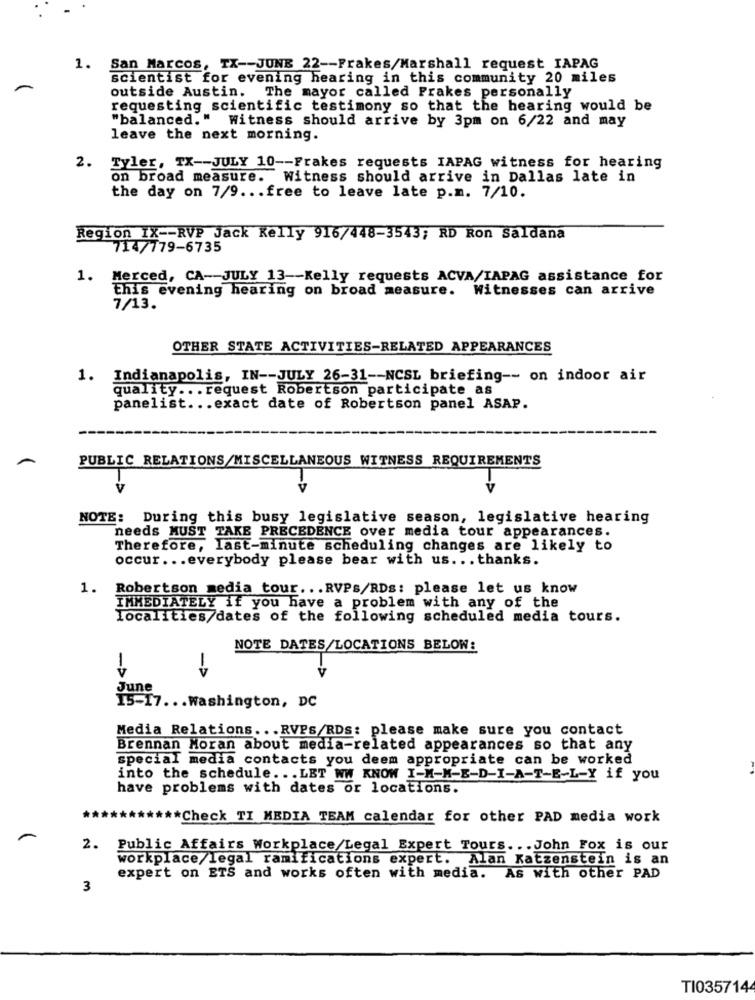
1. San Marcos, TX -- JUNE 22 -- Frakes/Marshall request IAPAG
scientist for evening hearing in this community 20 miles
outside Austin. The mayor called Frakes personally
requesting scientific testimony so that the hearing would be
"balanced." Witness should arrive by 3pm on 6/22 and may
leave the next morning.
2. Tyler, TX -- JULY 10 -- Frakes requests IAPAG witness for hearing
on broad measure. Witness should arrive in Dallas late in
the day on 7/9 ... free to leave late p.m. 7/10.
Region IX -- RVP Jack Kelly 916/448-3543; RD Ron Saldana
714/779-6735
1. Merced, CA-JULY 13 -- Kelly requests ACVA/IAPAG assistance for
this evening hearing on broad measure. Witnesses can arrive
7/13.
OTHER STATE ACTIVITIES-RELATED APPEARANCES
1. Indianapolis, IN -- JULY 26-31 -- NCSL briefing -- on indoor air
quality ... request Robertson participate as
panelist ... exact date of Robertson panel ASAP.
PUBLIC RELATIONS/MISCELLANEOUS WITNESS REQUIREMENTS
NOTE: During this busy legislative season, legislative hearing
needs MUST TAKE PRECEDENCE over media tour appearances.
Therefore, last-minute scheduling changes are likely to
occur ... everybody please bear with us .. . thanks.
1.
Robertson media tour ... RVPS/RDs: please let us know
IMMEDIATELY if you have a problem with any of the
localities/dates of the following scheduled media tours.
NOTE DATES/LOCATIONS BELOW:
1
->
V
June
15-17 ... washington, DC
Media Relations ... RVPs/RDs: please make sure you contact
Brennan Moran about media-related appearances so that any
special media contacts you deem appropriate can be worked
into the schedule ... LET WW KNOW I-M-M-E-D-I-A-T-E-L-Y if you
have problems with dates or locations.
** Check TI MEDIA TEAM calendar for other PAD media work
2.
Public Affairs Workplace/Legal Expert Tours ... John Fox is our
workplace/legal ramifications expert. Alan Katzenstein is an
expert on ETS and works often with media. As with other PAD
3
TI0357144